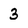
Character: 3